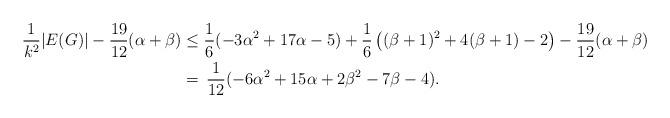
LaTeX: \begin{align*}\frac{1}{k^2}|E(G)|-\frac{19}{12}(\alpha+\beta)&\leq\frac{1}{6} (-3 \alpha^2+17 \alpha-5) + \frac{1}{6}\left((\beta+1)^2+4(\beta+1)-2\right) - \frac{19}{12}(\alpha+\beta)\,\\&=\,\frac{1}{12} (-6 \alpha^2+15 \alpha+2 \beta^2-7 \beta-4).\end{align*}